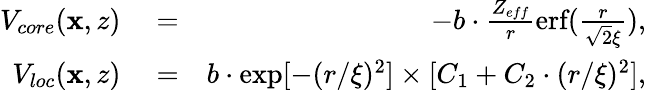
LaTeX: \begin{array}{rlr}{V_{core}(\textbf{x},z)}&{{}=}&{-b\cdot\frac{Z_{eff}}{r}\textrm{erf}(\frac{r}{\sqrt{2}\xi}),}\\ {V_{loc}(\textbf{x},z)}&{{}=}&{b\cdot\textrm{exp}[-(r/\xi)^{2}]\times[C_{1}+C_{2}\cdot(r/\xi)^{2}],}\end{array}